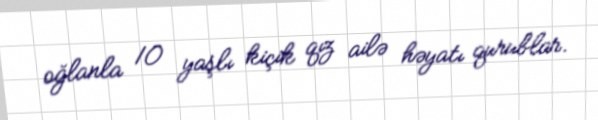
oğlanla 10 yaşlı kiçik qız ailə həyatı qurublar.